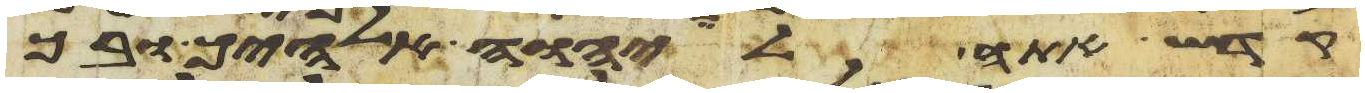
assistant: קדש אתה ליהוה אלהיך ובך